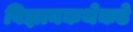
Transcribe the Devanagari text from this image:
विज्ञानकथेकडे